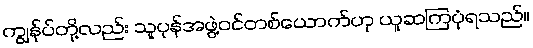
ကျွန်ုပ်တို့လည်း သူပုန်အဖွဲ့ဝင်တစ်ယောက်ဟု ယူဆကြပုံရသည်။